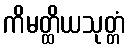
ကိမတ္ထိယသုတ္တံ